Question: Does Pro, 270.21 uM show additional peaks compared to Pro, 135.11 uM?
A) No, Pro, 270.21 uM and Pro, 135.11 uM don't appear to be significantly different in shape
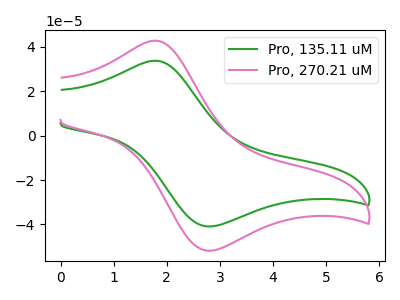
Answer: <think>The green curve "Pro, 135.11 uM" has an anodic peak at (1.80V, 33.75uA) and a cathodic peak at (2.75V, -40.85uA). The pink curve "Pro, 270.21 uM" has an anodic peak at (1.80V, 42.75uA) and a cathodic peak at (2.75V, -51.75uA).
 All the peaks in "Pro, 270.21 uM" have a peak in "Pro, 135.11 uM" at the same potential. Every peak in "Pro, 270.21 uM" is higher than every peak in "Pro, 135.11 uM".</think>
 <answer>A) No, "Pro, 270.21 uM" and "Pro, 135.11 uM" don't appear to be significantly different in shape</answer>
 <eval>A</eval>